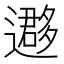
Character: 𨘂